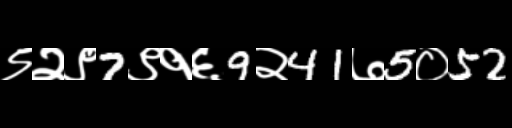
Text: ९२९7९१६9२41७5०52